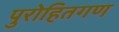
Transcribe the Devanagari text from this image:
पुरोहितगण